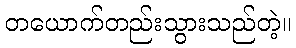
တယောက်တည်းသွားသည်တဲ့။